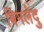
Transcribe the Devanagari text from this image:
बिमलेदु